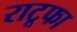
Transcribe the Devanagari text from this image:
राटूफा